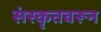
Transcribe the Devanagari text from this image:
संस्कृतवरून